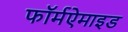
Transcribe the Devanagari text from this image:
फॉर्मऐमाइड